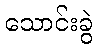
သောင်းခွဲ